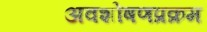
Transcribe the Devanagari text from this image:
अवशोषणप्रक्रम